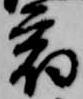
宿